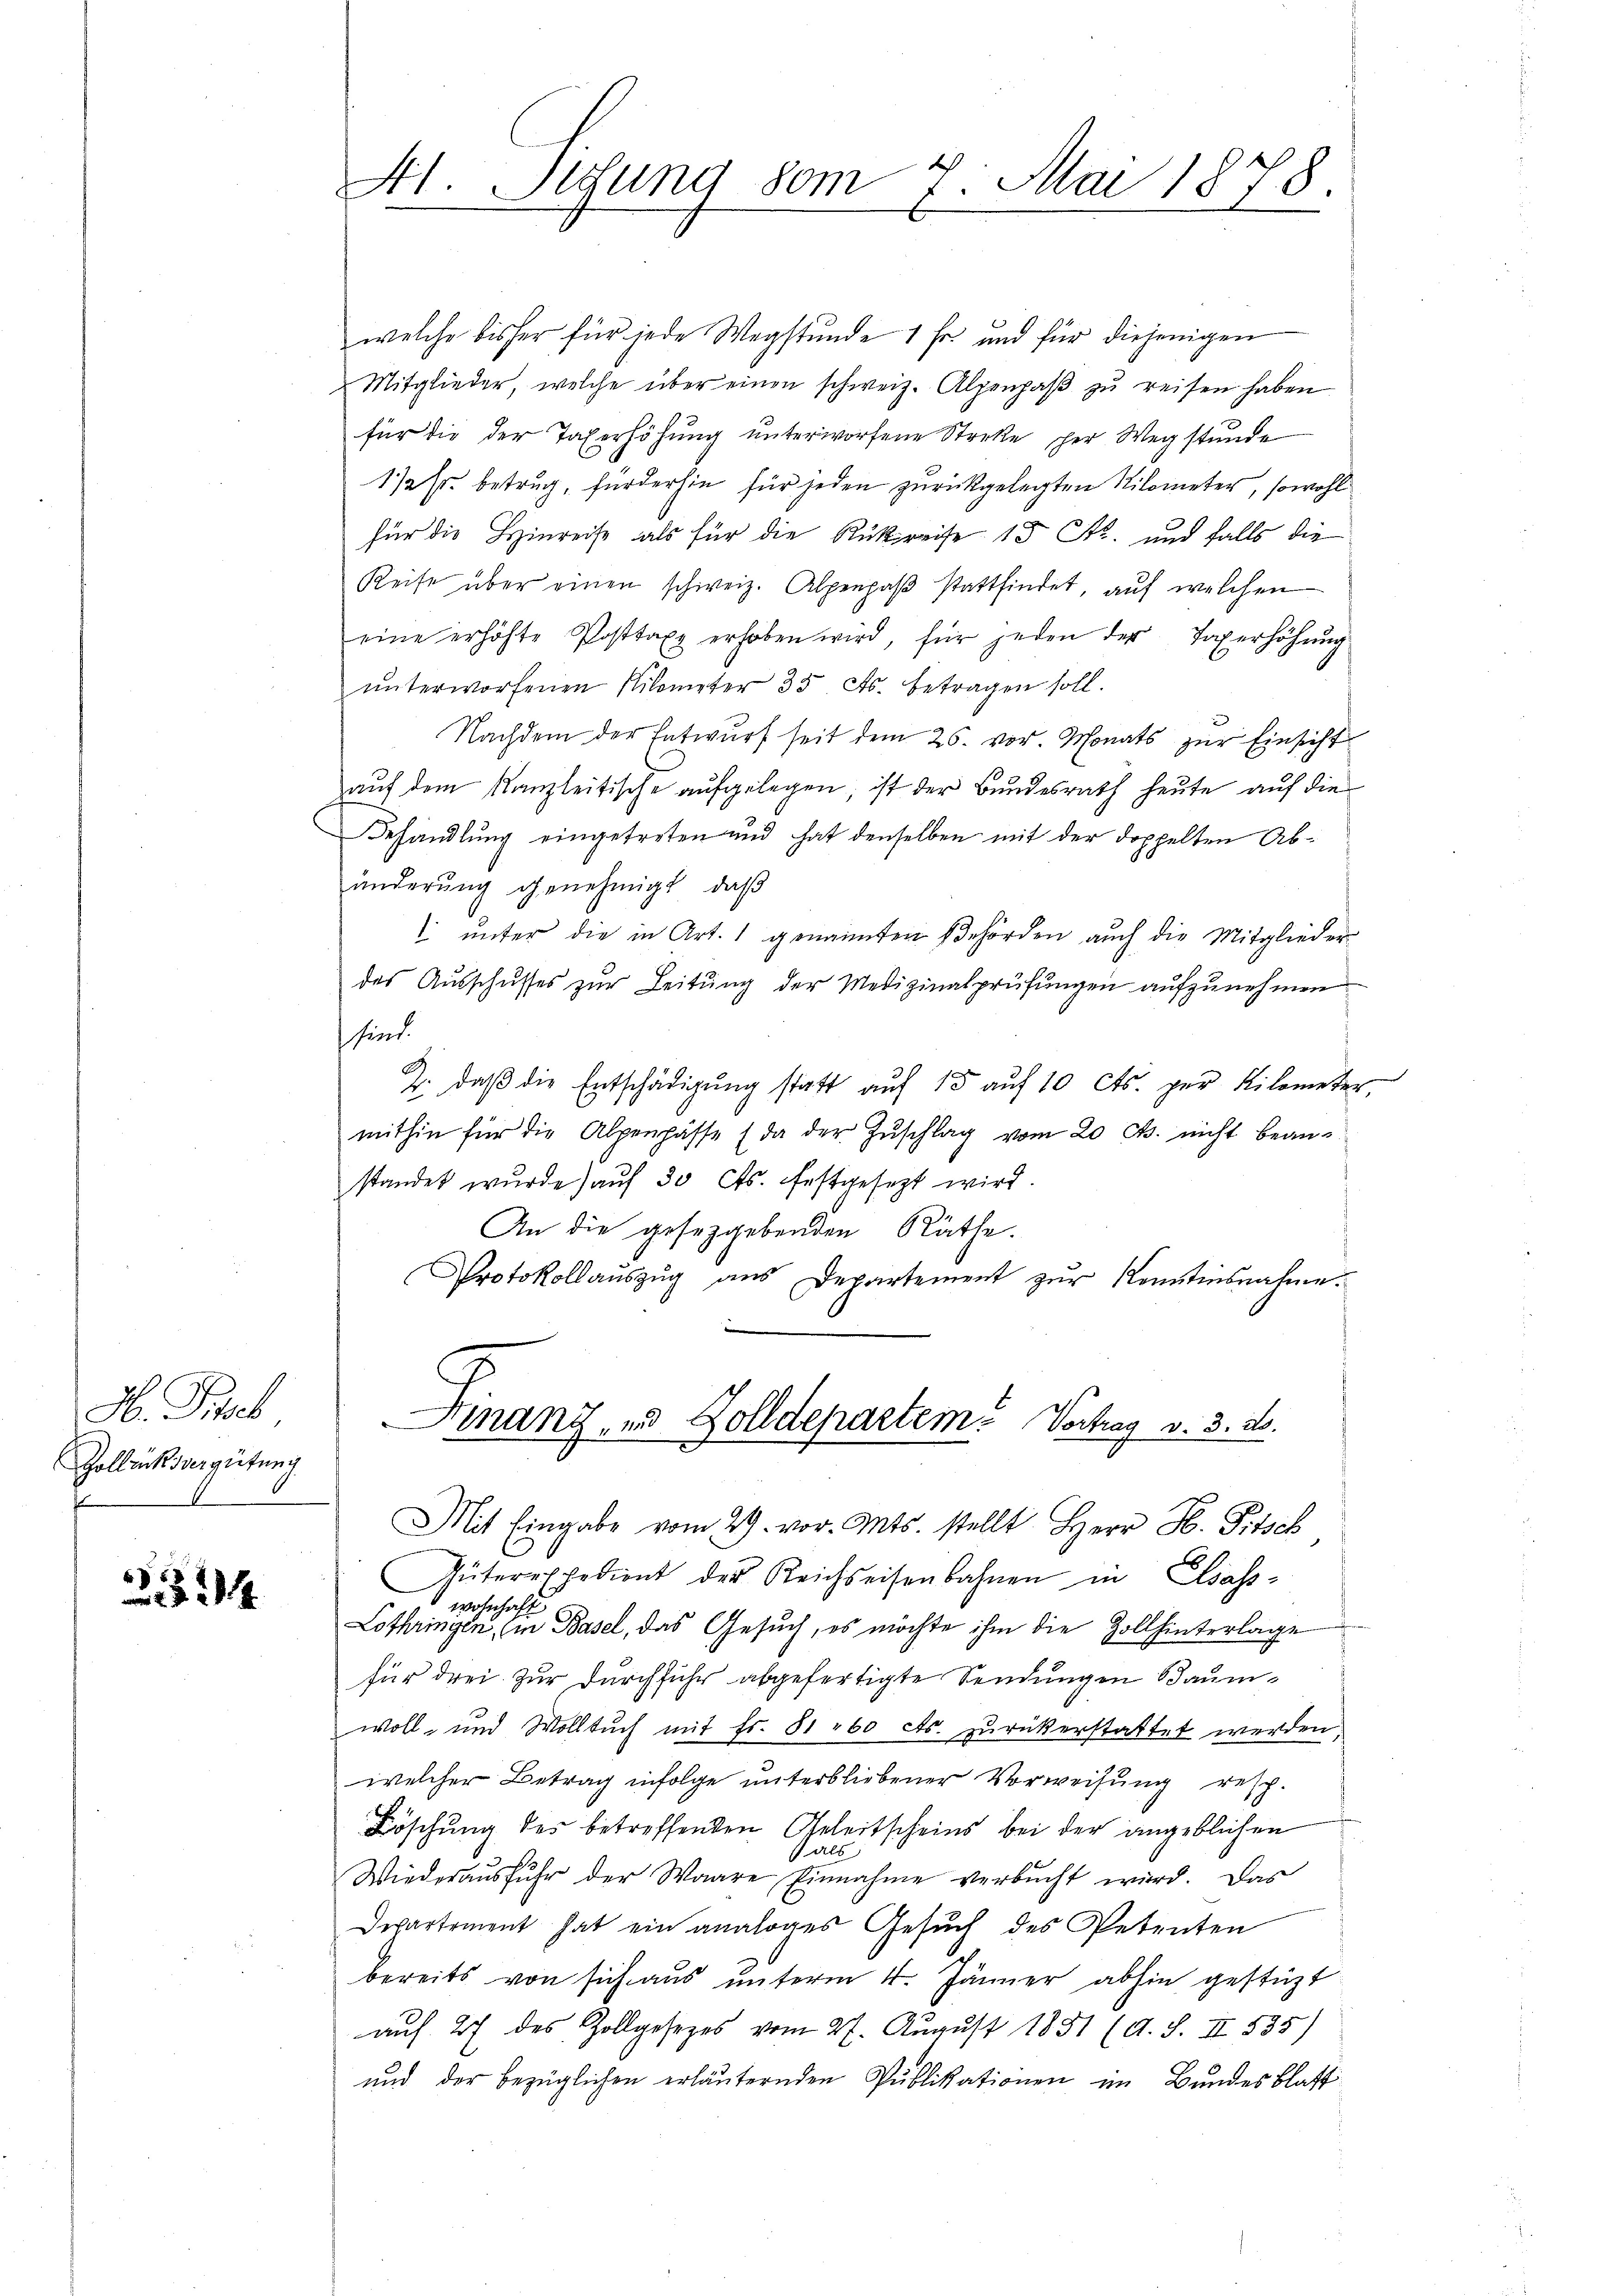
H. Fieb
Zollick vergütung

324.

Hl. Situng vom 7. Mai 1878.

welche bisher für jede Wegstunde 1 Fr. und für diejenigen
Mitglieder, welche über einen schweiz. Alpenpaβ zŭ reisen haben
für die der Taferhöhung unterworfene Streke per Wegstunde
1fr. betrug, fürderhin für jeden zurückgelegten Nilometer, sowohl
für die Hinreise als für die Rückreise 15 St. und falls die
Reise über einen schweiz. Alpenpaβ stattfindet, auf welchen
eine erhöhte Posttaxe erhoben wird, für jeden der Taxerhöhŭng
ŭnterworfenen Kilometer 35 Cts. betragen soll.
Nachdem der Entwurf seit dem 26. vor. Monats zur Einsicht
auf dem Kanzleitische aufgelegen, ist der Bundesrath heute auf die
Behandlung eingetreten und hat denselben mit der doppelten Abänderung genehmigt, daß
 ŭnter die in Art. 1 genannten Behörden auch die Mitglieder
des Aŭsschusses zŭr Leitŭng der Medizinalprüfŭngen aufzunehmen
sind.
Z. daβ die Entschädigŭng statt aŭf 15 auf 10 cts. per Kilometer,
mithin für die Alpenpässe (da der Zŭschlag vom 20 Cts. nicht beanstandet wurde) auf 30 cts. festgesezt wird.
An die gesetzgebenden Räthe.
Protokollauszug aus Departement zur Kontinsnahme.
Finanz, und Zolldepartem Vortrag v. 3. 20.
Mit Eingabe vom 29. vor. Mts. stellt Herr H. Pitsch
Güterexpedient der Reichseisenbahnen in Elsass-
wohnhaft
Lothringen, (in Basel, das Gesuch, es möchte ihm die Zoll hinterlage
für drei zur Durchführ abgefertigte Sendungen Baumwoll- und Wolltuch mit Fr. 81 60 cts. zurückerstattet werden.
welcher Betrag infolge unterbliebener Vorweisung resp.
Böschung des betreffenden Geleitscheins bei der angeblichen
 als
Wiederaŭsfuhr der Waare Einnahme verbŭcht wird. Das
Departement hat ein analoges Gesŭch des Petenten
bereits von sich aus unterm 4. Jänner abhin gestüzt
auf 27 des Zollgesezes vom 27. August 1851 (A. S. II 535)
und der bezüglichen erläuternden Pŭblikationen im Bundesblatt